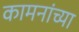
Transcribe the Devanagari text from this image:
कामनांच्या